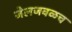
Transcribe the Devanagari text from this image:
जेलजवळच